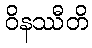
ဝိနဿီတိ